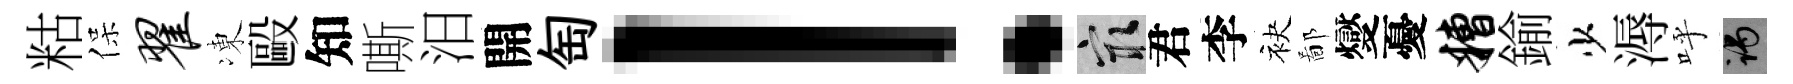
䊀保翟凍毆知嘶汨開匋！冣君李袂鄙燮憂糟鍮少溽呼谒